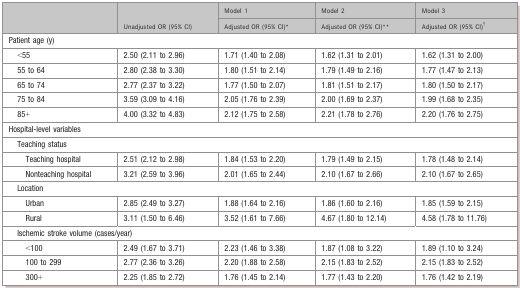
<table><thead><tr><td rowspan="2"></td><td rowspan="2"><b>Unadjusted OR (95% CI)</b></td><td><b>Model 1</b></td><td><b>Model 2</b></td><td><b>Model 3</b></td></tr><tr><td><b>Adjusted OR (95% CI)*</b></td><td><b>Adjusted OR (95% CI)*</b></td><td><b>Adjusted OR (95% CI)*</b></td></tr></thead><tbody><tr><td colspan="5">Patient age (y)</td></tr><tr><td>&lt;55</td><td>2.50 (2.11 to 2.96)</td><td>1.71 (1.40 to 2.08)</td><td>1.62 (1.31 to 2.01)</td><td>1.62 (1.31 to 2.00)</td></tr><tr><td>55 to 64</td><td>2.80 (2.38 to 3.30)</td><td>1.80 (1.51 to 2.14)</td><td>1.79 (1.49 to 2.16)</td><td>1.77 (1.47 to 2.13)</td></tr><tr><td>65 to 74</td><td>2.77 (2.37 to 3.22)</td><td>1.77 (1.50 to 2.07)</td><td>1.81 (1.51 to 2.17)</td><td>1.80 (1.50 to 2.17)</td></tr><tr><td>75 to 84</td><td>3.59 (3.09 to 4.16)</td><td>2.05 (1.76 to 2.39)</td><td>2.00 (1.69 to 2.37)</td><td>1.99 (1.68 to 2.35)</td></tr><tr><td>85+</td><td>4.00 (3.32 to 4.83)</td><td>2.12 (1.75 to 2.58)</td><td>2.21 (1.78 to 2.76)</td><td>2.20 (1.76 to 2.75)</td></tr><tr><td colspan="5">Hospital‐level variables</td></tr><tr><td colspan="5">Teaching status</td></tr><tr><td>Teaching hospital</td><td>2.51 (2.12 to 2.98)</td><td>1.84 (1.53 to 2.20)</td><td>1.79 (1.49 to 2.15)</td><td>1.78 (1.48 to 2.14)</td></tr><tr><td>Nonteaching hospital</td><td>3.21 (2.59 to 3.96)</td><td>2.01 (1.65 to 2.44)</td><td>2.10 (1.67 to 2.66)</td><td>2.10 (1.67 to 2.65)</td></tr><tr><td colspan="5">Location</td></tr><tr><td>Urban</td><td>2.85 (2.49 to 3.27)</td><td>1.88 (1.64 to 2.16)</td><td>1.86 (1.60 to 2.16)</td><td>1.85 (1.59 to 2.15)</td></tr><tr><td>Rural</td><td>3.11 (1.50 to 6.46)</td><td>3.52 (1.61 to 7.66)</td><td>4.67 (1.80 to 12.14)</td><td>4.58 (1.78 to 11.76)</td></tr><tr><td colspan="5">Ischemic stroke volume (cases/year)</td></tr><tr><td>&lt;100</td><td>2.49 (1.67 to 3.71)</td><td>2.23 (1.46 to 3.38)</td><td>1.87 (1.08 to 3.22)</td><td>1.89 (1.10 to 3.24)</td></tr><tr><td>100 to 299</td><td>2.77 (2.36 to 3.26)</td><td>2.20 (1.88 to 2.58)</td><td>2.15 (1.83 to 2.52)</td><td>2.15 (1.83 to 2.52)</td></tr><tr><td>300+</td><td>2.25 (1.85 to 2.72)</td><td>1.76 (1.45 to 2.14)</td><td>1.77 (1.43 to 2.20)</td><td>1.76 (1.42 to 2.19)</td></tr></tbody></table>